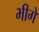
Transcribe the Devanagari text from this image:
भीगें